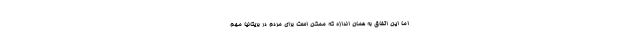
اما این اتفاق به همان اندازه که ممکن است برای مردم در بریتانیا مهم